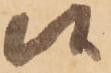
候